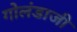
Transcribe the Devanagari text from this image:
गोलंडाजी